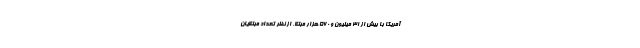
آمریکا با بیش از ۳۱ میلیون و ۵۶۰ هزار مبتلا، از نظر تعداد مبتلایان